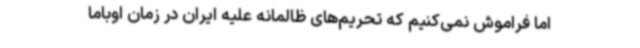
اما فراموش نمی‌کنیم که تحریم‌های ظالمانه علیه ایران در زمان اوباما